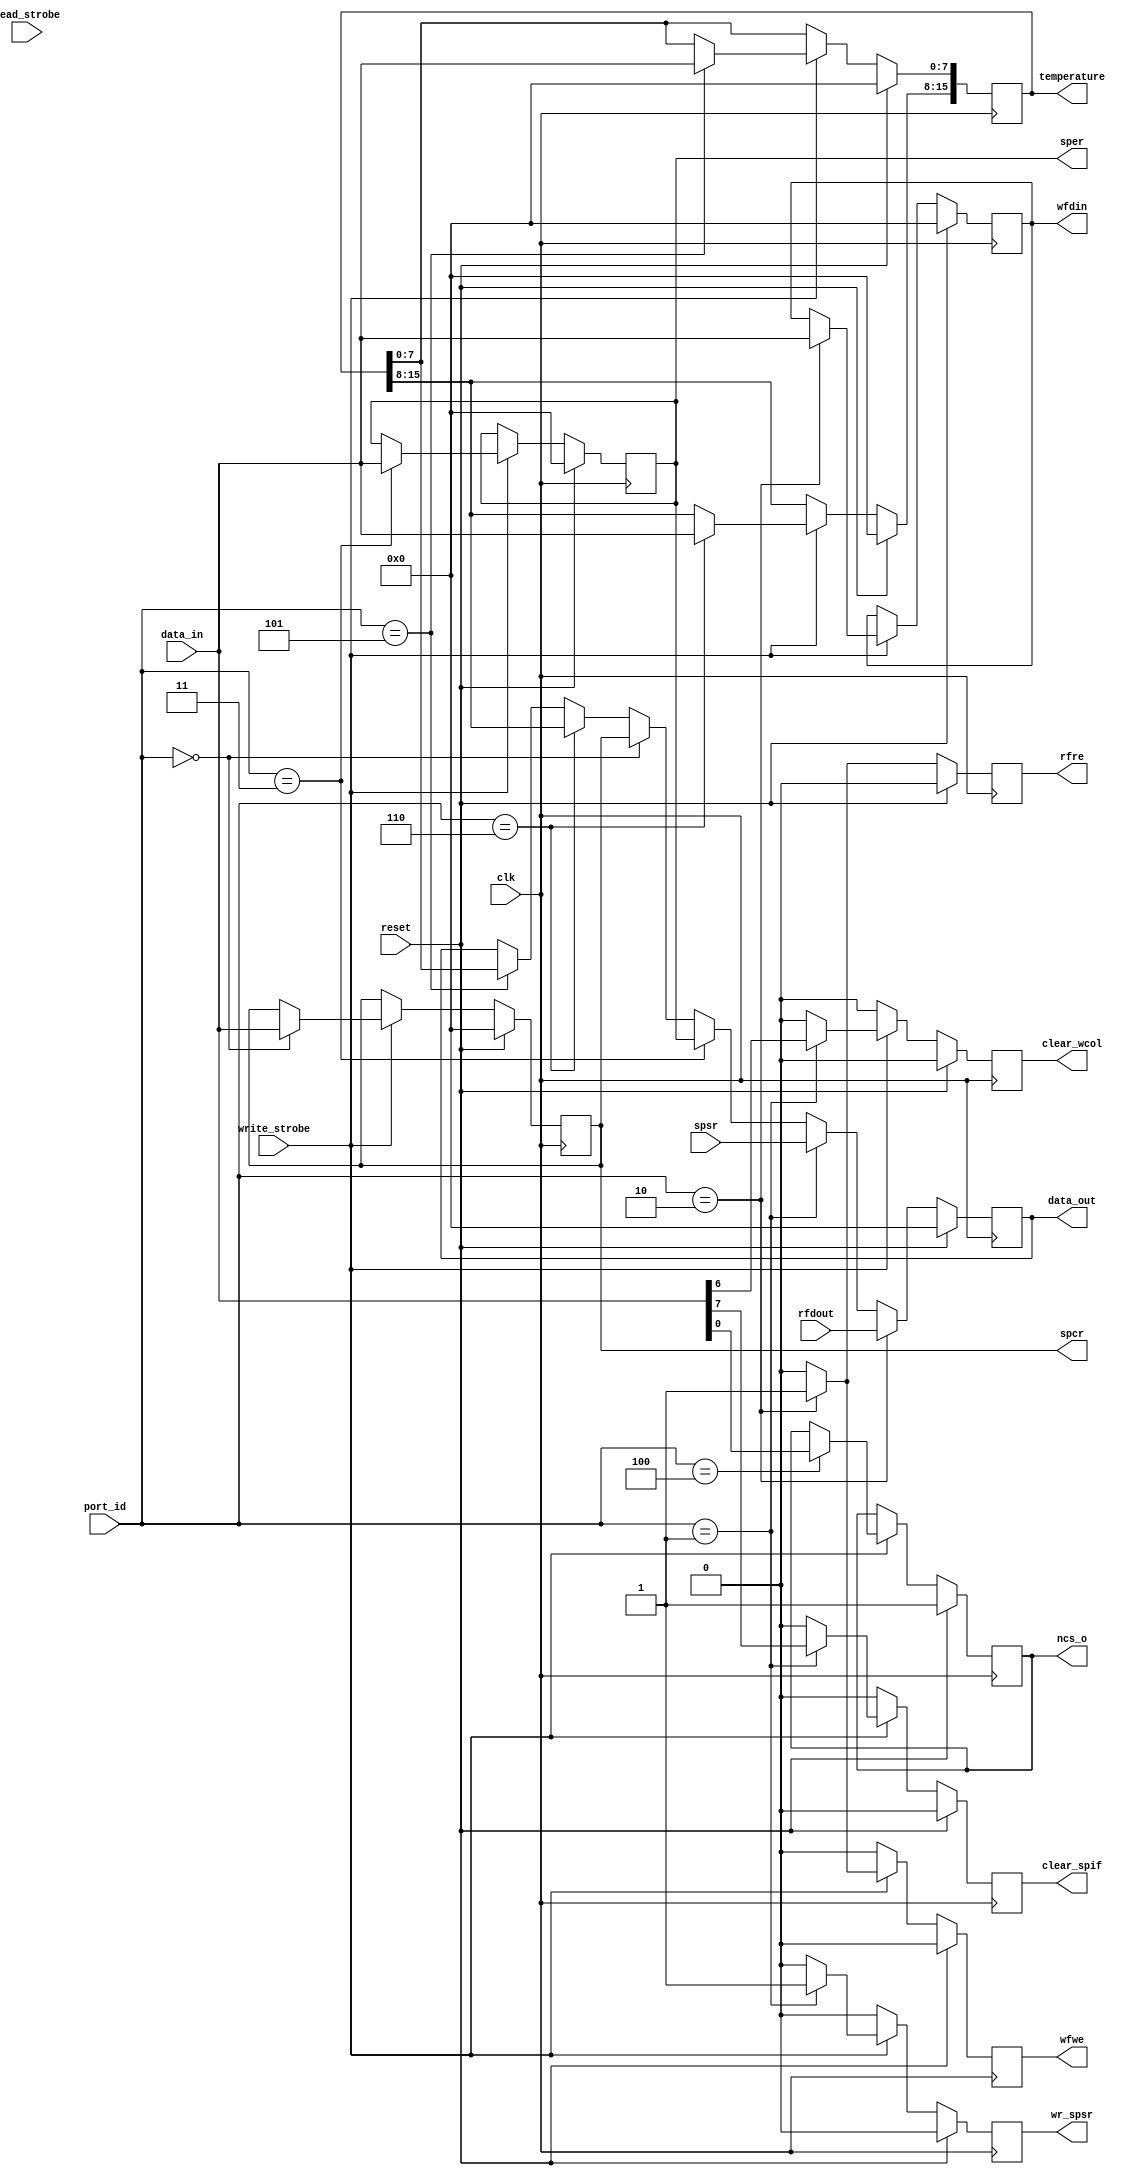
module spi_regs (/*AUTOARG*/
   // Outputs
   temperature, data_out, wfwe, rfre, wr_spsr, clear_spif, clear_wcol,
   wfdin, ncs_o, spcr, sper,
   // Inputs
   clk, reset, port_id, data_in, read_strobe, write_strobe, rfdout,
   spsr
   ) ;
   parameter BASE_ADDRESS = 8'h00;   

   //
   // System Interface
   //
   input clk;
   input reset;
   output reg [15:0] temperature;
 
   //
   // Picoblaze Bus Interface
   //
   input wire [7:0] port_id;
   input wire [7:0] data_in;
   output reg [7:0] data_out;
   input            read_strobe;
   input            write_strobe;
   
   //
   // Spi Device Interface
   //
   input wire [7:0] rfdout; //Read FIFO Output 
   output reg       wfwe; //Write FIFO     
   output reg       rfre; //Read FIFO
   output reg       wr_spsr; // Write SPSR
   output reg       clear_spif; //Clear the SPIF bit
   output reg       clear_wcol; //Clear the WCOL bit
   output reg [7:0] wfdin;  // Write FIFO Data In
   output reg       ncs_o;
   
   //
   // Registers
   //
   output reg [7:0]       spcr;
   output reg [7:0]       sper;
   input wire [7:0]       spsr;
   


   //
   // Address Decode
   //
   wire                   spcr_enable = (port_id == (BASE_ADDRESS + 8'h00));
   wire                   spsr_enable = (port_id == (BASE_ADDRESS + 8'h01));
   wire                   spdr_enable = (port_id == (BASE_ADDRESS + 8'h02));
   wire                   sper_enable = (port_id == (BASE_ADDRESS + 8'h03));
   wire                   ncso_enable = (port_id == (BASE_ADDRESS + 8'h04));
   wire                   temperature_low_enable  = (port_id == (BASE_ADDRESS + 8'h05));
   wire                   temperature_high_enable = (port_id == (BASE_ADDRESS + 8'h06));
   
   //
   // Register Writing
   //
   always @(posedge clk)
     if (reset) begin
        spcr <= 0;
        sper <= 0; 
        wfdin <= 0;     
        wfwe <= 0; 
        clear_spif <= 0;
        clear_wcol <= 0;   
        wr_spsr <= 0; 
        ncs_o <=1; 
        temperature <= 0;
       
     end else begin
        if (write_strobe) begin
           if (ncso_enable) begin
              ncs_o <= data_in[0];              
           end
           
           if (spsr_enable) begin
              clear_spif <= data_in[7];
              clear_wcol <= data_in[6];
              wr_spsr <= 1;              
           end else begin
              clear_spif <= 0;
              clear_wcol <= 0;
              wr_spsr <= 0;        
           end
           if (temperature_low_enable) begin
              temperature[7:0] <= data_in;              
           end
           if (temperature_high_enable) begin
              temperature[15:8] <= data_in;              
           end
           
           if (spcr_enable) begin
              spcr <= data_in;              
           end
           if (sper_enable) begin
              sper <= data_in;              
           end
           if (spdr_enable) begin
              wfdin <= data_in;
              wfwe <= 1;              
           end else begin
              wfwe <= 0;              
           end
           
        end // if (write_strobe)
        else begin
           clear_spif <= 0;
           clear_wcol <= 0;                   
           wfwe <= 0; 
           wr_spsr <= 0;                  
        end
     end // else: !if(reset)   

   //
   // Register Read
   //
   always @(posedge clk)
     if (reset) begin
        data_out <= 0;  
        rfre <= 0;        
     end else begin
        if (temperature_low_enable) begin
           data_out <= temperature[7:0];              
        end
        if (temperature_high_enable) begin
           data_out <= temperature[15:8];              
        end        
        if (spcr_enable) begin
           data_out <= spcr;           
        end
        if (sper_enable) begin
           data_out <= sper;           
        end
        if (spsr_enable) begin
           data_out <= spsr;           
        end
        if (spdr_enable) begin
           data_out <= rfdout;
           rfre <= 1;           
        end else begin
           rfre <= 0;           
        end
     end
   
endmodule